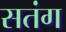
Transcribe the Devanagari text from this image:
सतंग